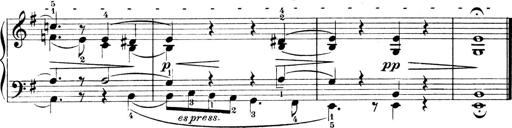
Title: 4 Sonatines
Composer: Max Reger